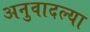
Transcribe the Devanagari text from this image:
अनुवादल्या